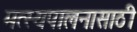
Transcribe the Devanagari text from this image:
मत्‍स्यपालनासाठी